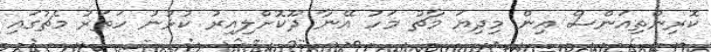
ކޮރިންތިއަންސް އިން މިދިޔަ މާޗު މަހު އޭނާ ދޫކޮށްލިއިރު ކުޅުނު ހަތަރު މެޗުގައި